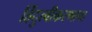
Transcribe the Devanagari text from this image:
हिंदुत्वीकरणाचा